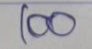
100